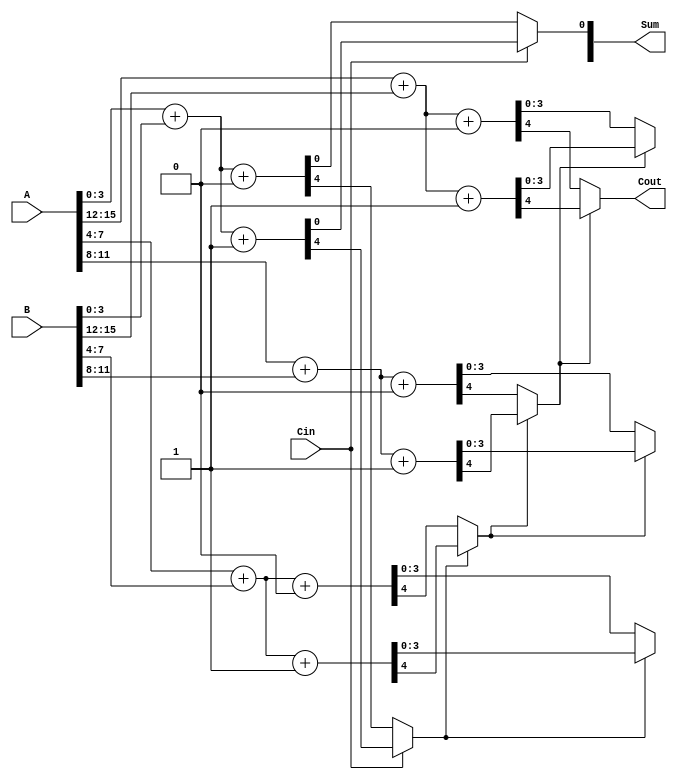
module carry_select_adder #(parameter N = 16) (
    input [N-1:0] A,          // First input
    input [N-1:0] B,          // Second input
    input Cin,                // Carry input
    output [N-1:0] Sum,       // Sum output
    output Cout               // Carry output
);

    localparam BLOCK_SIZE = 4; // Size of each block
    localparam NUM_BLOCKS = N / BLOCK_SIZE;

    wire [BLOCK_SIZE-1:0] Sum0 [0:NUM_BLOCKS-1]; // Sums for Cin = 0
    wire [BLOCK_SIZE-1:0] Sum1 [0:NUM_BLOCKS-1]; // Sums for Cin = 1
    wire [NUM_BLOCKS-1:0] Cout0;                  // Carry outs for Cin = 0
    wire [NUM_BLOCKS-1:0] Cout1;                  // Carry outs for Cin = 1
    wire [NUM_BLOCKS:0] Carry;                     // Final carry signals

    // Generate sum and carry for each block
    genvar i;
    generate
        for (i = 0; i < NUM_BLOCKS; i = i + 1) begin : block
            wire [BLOCK_SIZE-1:0] A_block = A[i*BLOCK_SIZE +: BLOCK_SIZE];
            wire [BLOCK_SIZE-1:0] B_block = B[i*BLOCK_SIZE +: BLOCK_SIZE];

            // Sum and carry for Cin = 0
            assign {Cout0[i], Sum0[i]} = A_block + B_block + 1'b0;

            // Sum and carry for Cin = 1
            assign {Cout1[i], Sum1[i]} = A_block + B_block + 1'b1;
        end
    endgenerate

    // Generate carries based on previous block's carry
    assign Carry[0] = Cin; // Initial carry in
    generate
        for (i = 0; i < NUM_BLOCKS; i = i + 1) begin : carry_select
            if (i == 0) begin
                // For the first block, select based on Cin
                assign Sum[i] = (Carry[i] == 1'b0) ? Sum0[i] : Sum1[i];
                assign Carry[i + 1] = (Carry[i] == 1'b0) ? Cout0[i] : Cout1[i];
            end else begin
                // For subsequent blocks, select based on the previous carry
                assign Sum[i*BLOCK_SIZE +: BLOCK_SIZE] = (Carry[i] == 1'b0) ? Sum0[i] : Sum1[i];
                assign Carry[i + 1] = (Carry[i] == 1'b0) ? Cout0[i] : Cout1[i];
            end
        end
    endgenerate

    // Final carry out
    assign Cout = Carry[NUM_BLOCKS];

endmodule